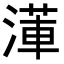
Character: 𭱺